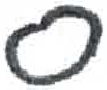
אות: ס